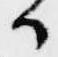
候